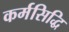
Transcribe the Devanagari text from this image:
कर्मसिद्धि